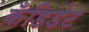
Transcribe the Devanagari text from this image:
कँडिडेट